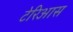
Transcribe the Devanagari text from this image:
टेरिआस